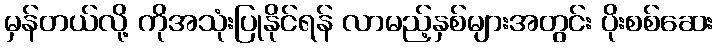
မှန်တယ်လို့ ကိုအသုံးပြုနိုင်ရန် လာမည့်နှစ်များအတွင်း ပိုးစစ်ဆေး